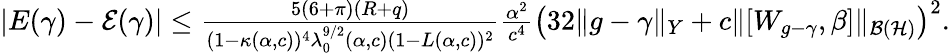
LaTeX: \begin{array}{r}{|E(\gamma)-\mathcal{E}(\gamma)|\leq\frac{5(6+\pi)(R+q)}{(1-\kappa(\alpha,c))^{4}\lambda_{0}^{9/2}(\alpha,c)(1-L(\alpha,c))^{2}}\frac{\alpha^{2}}{c^{4}}\left(32\| g-\gamma\| _{Y}+c\| [W_{g-\gamma},\beta]\| _{\mathcal{B}(\mathcal{H})}\right)^{2}.}\end{array}